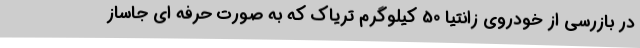
در بازرسی از خودروی زانتیا 50 کیلوگرم تریاک که به صورت حرفه ای جاساز